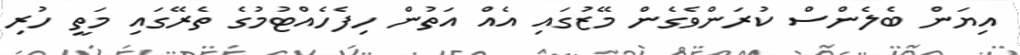
އިޔަން ބެލެންސް ކުރަންވެގެން މޭޒުގައި އެއް އަތުން ހިފެހެއްޓުމުގެ ތެރޭގައި މަތީ ހުރި